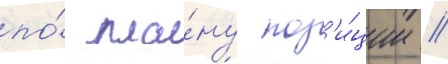
по́ пла́ну поз'и́ции //